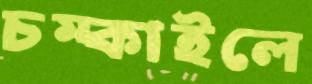
চম্‌কাইলে